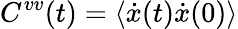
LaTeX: C^{vv}(t)=\langle\dot{x}(t)\dot{x}(0)\rangle